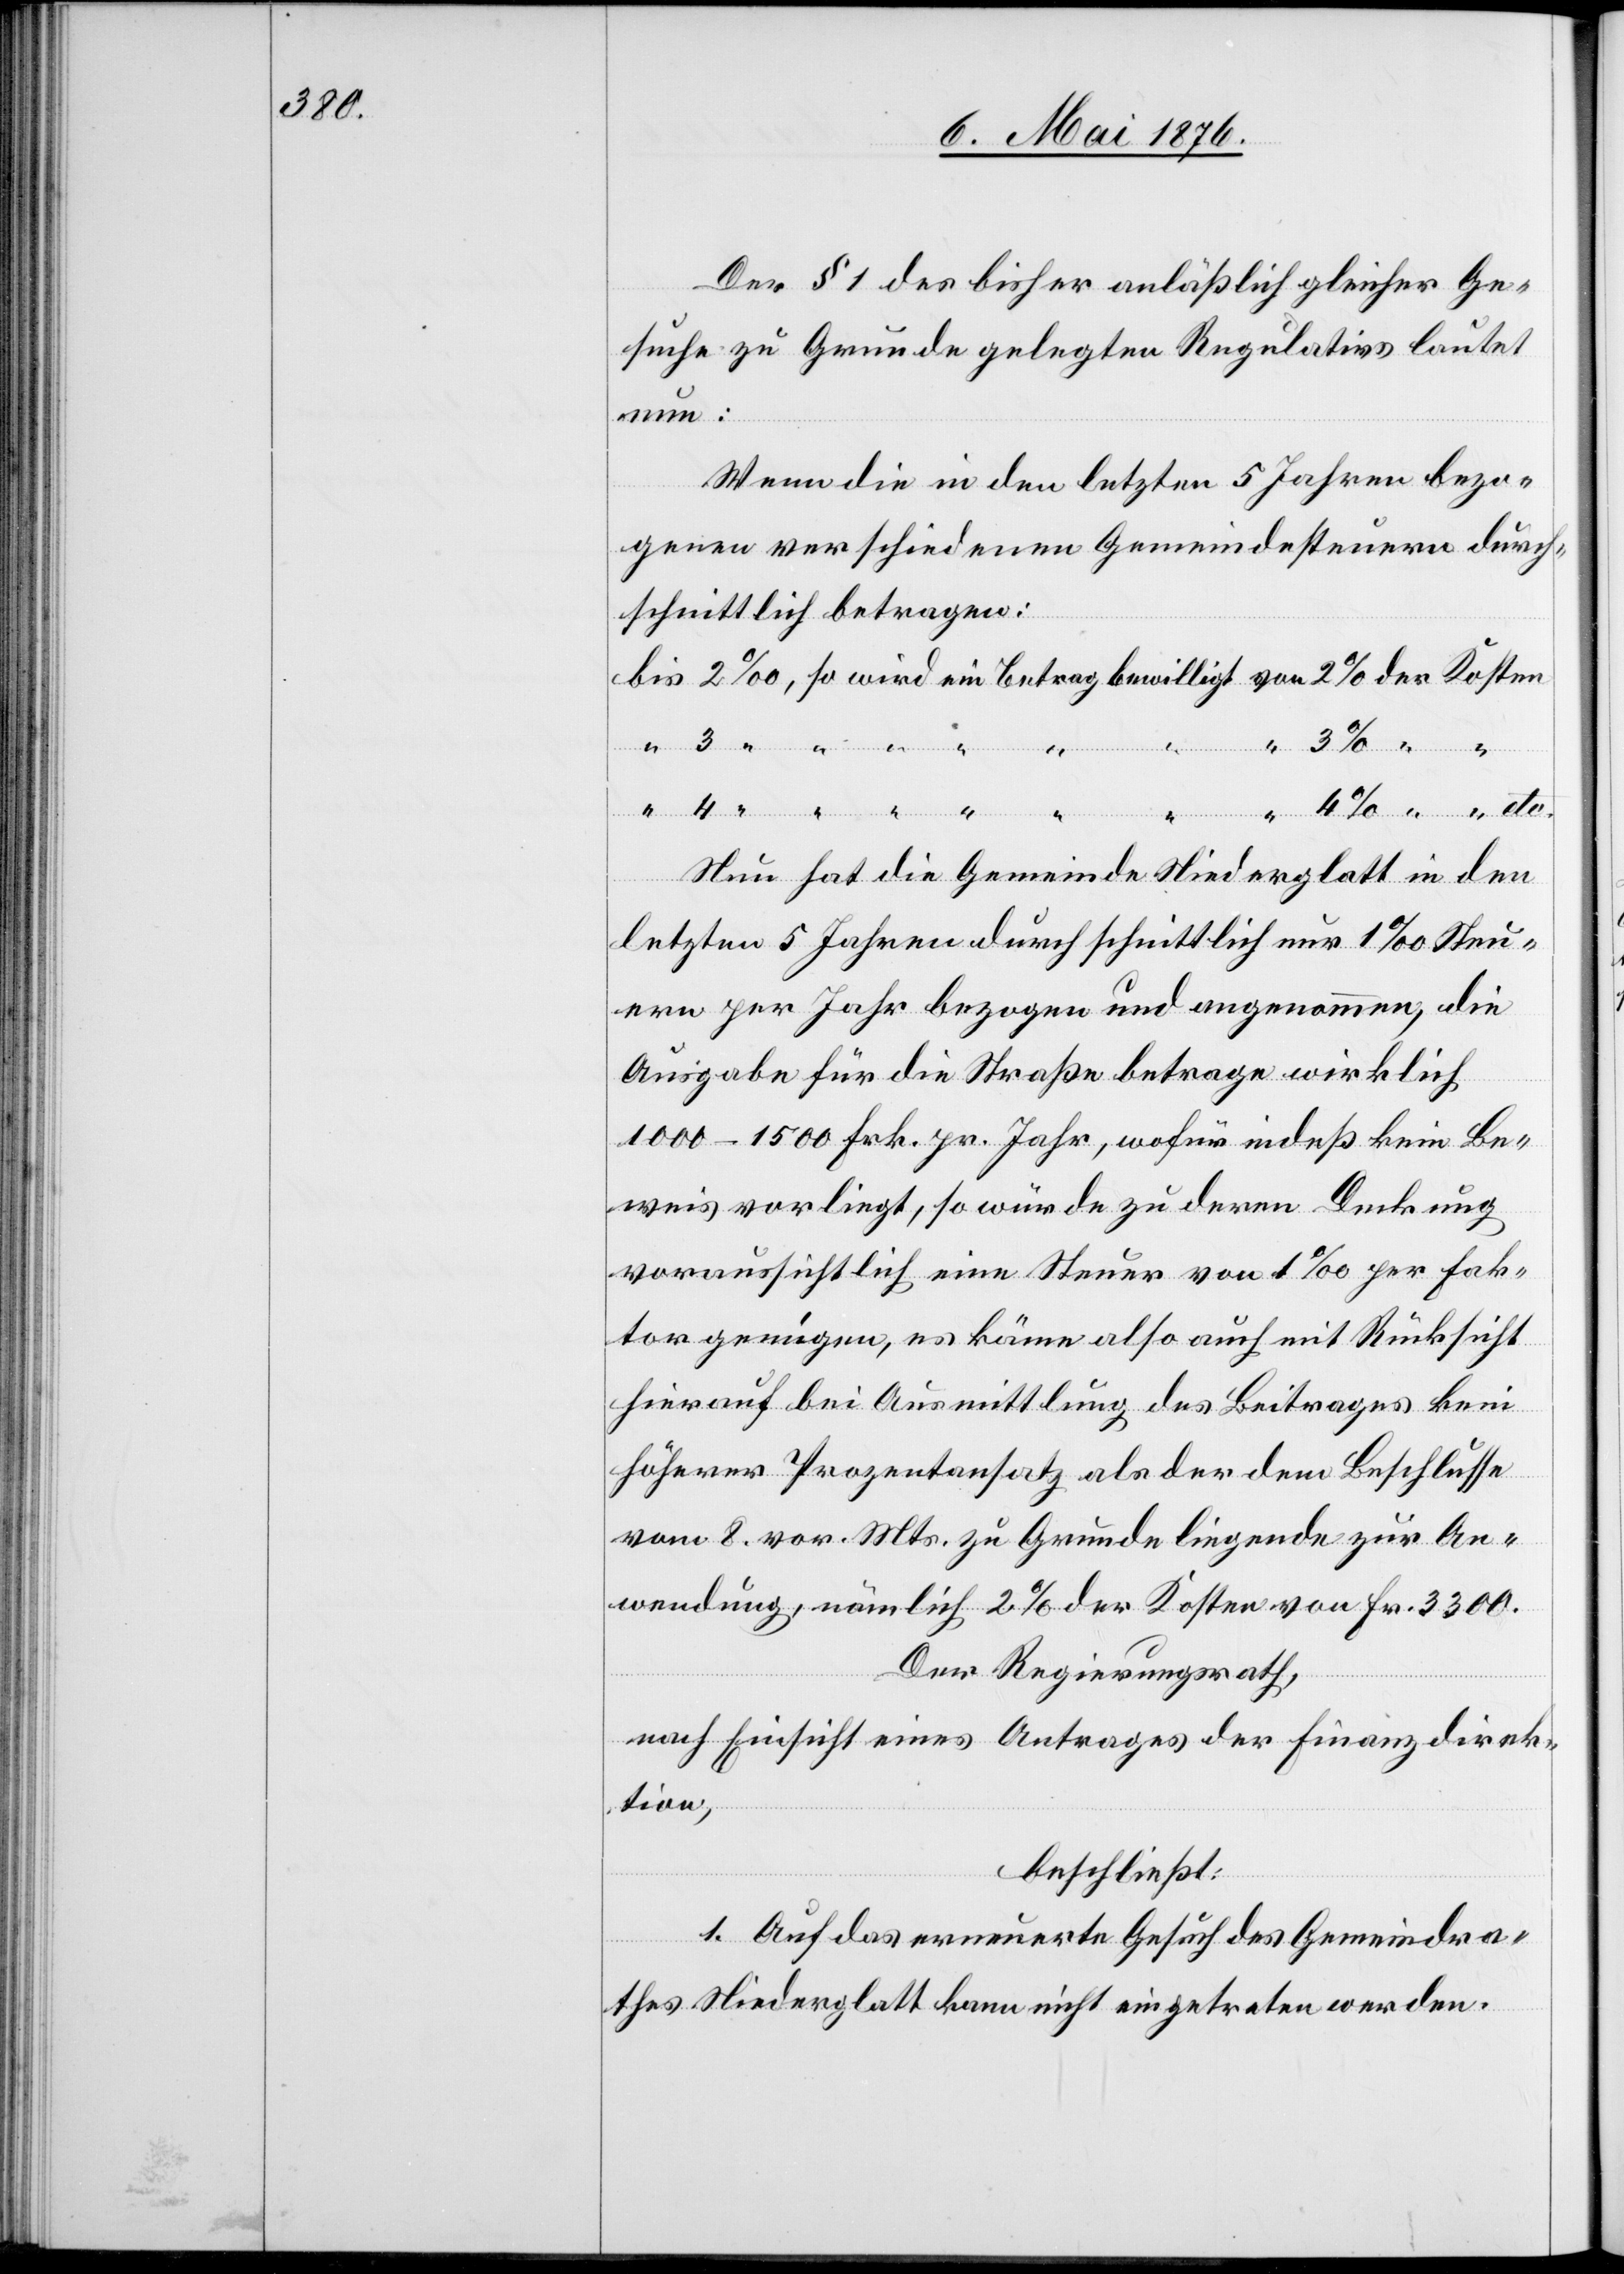
Der § 1 des bisher anläßlich gleicher Ge¬
suche zu Grunde gelegten Regulativs lautet
nun:
Wenn die in den letzten 5 Jahren bezo¬
genen verschiedenen Gemeindesteuern durch¬
schnittlich betragen:
Nun hat die Gemeinde Niederglatt in den
letzten 5 Jahren durchschnittlich nur 1 ‰ Steu¬
ern per Jahr bezogen und angenommen, die
Ausgabe für die Straße betrage wirklich
1000–1500 Frk. pr. Jahr, wofür indeß kein Be¬
weis vorliegt, so würde zu deren Deckung
voraussichtlich eine Steuer von 1 ‰ per Fak¬
tor genügen, es käme also auch mit Rücksicht
hierauf bei Ausmittlung des Beitrages kein
höherer Prozentansatz als der dem Beschlusse
vom 8. vor. Mts. zu Grunde liegende zur An¬
wendung, nämlich 2 % der Kosten von Fr. 3300.
Der Regierungsrath,
nach Einsicht eines Antrages der Finanzdirek¬
tion,
beschließt:
der
1. Auf das erneuerte Gesuch des Gemeindra¬
thes Niederglatt kann nicht eingetreten werden.